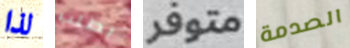
لذا بطلب متوفر الصدمة